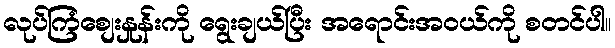
လုပ်ကြံစျေးနှုန်းကို ရွေးချယ်ပြီး အရောင်းအ၀ယ်ကို စတင်ပါ။